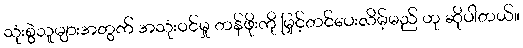
သုံးစွဲသူများအတွက် အသုံးဝင်မှု တန်ဖိုးကို မြှင့်တင်ပေးလိမ့်မည် ဟု ဆိုပါတယ်။